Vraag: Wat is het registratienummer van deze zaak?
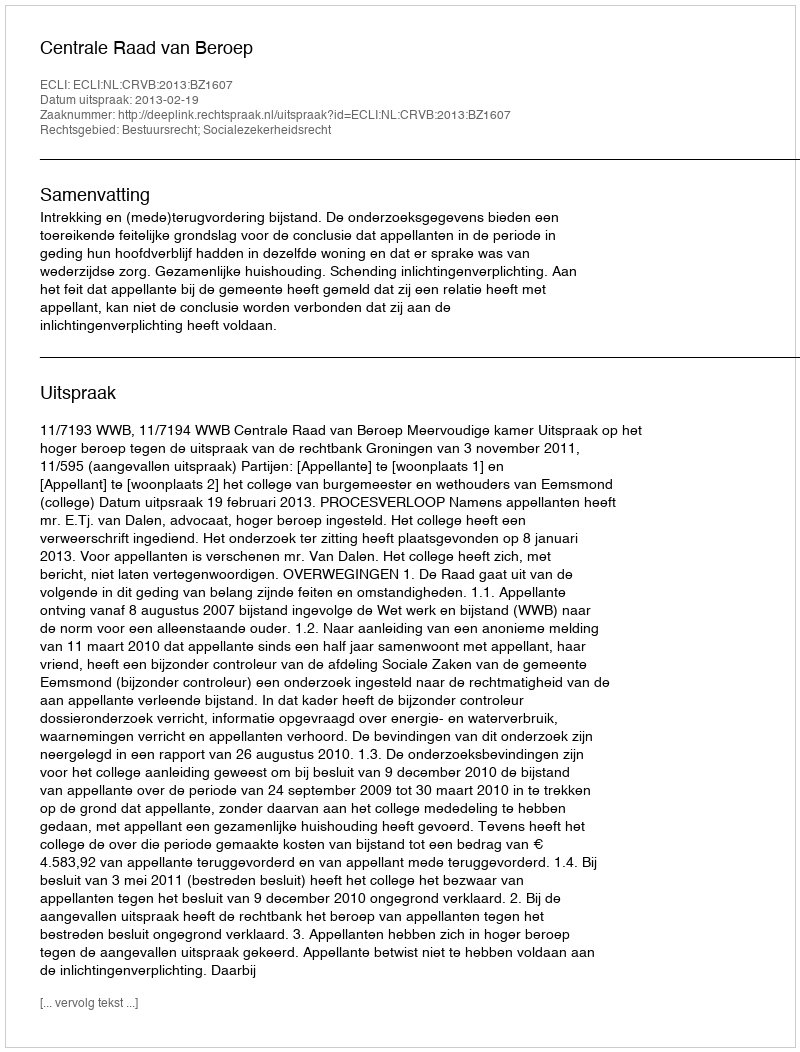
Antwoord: http://deeplink.rechtspraak.nl/uitspraak?id=ECLI:NL:CRVB:2013:BZ1607